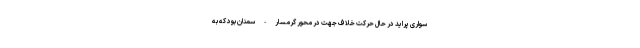
سواری پراید در حال حرکت خلاف جهت در محور گرمسار - سمنان بود که به